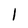
Character: 1